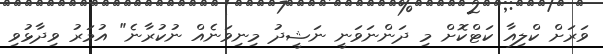
ވަރަށް ކްލިއާ ކަޓްކޮށް މި ދަންނަވަނީ ނަޝީދު މިނިވަނެއް ނުކުރާނެ" އުމަރު ވިދާޅުވި